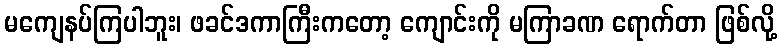
မကျေနပ်ကြပါဘူး၊ ဖခင်ဒကာကြီးကတော့ ကျောင်းကို မကြာခဏ ရောက်တာ ဖြစ်လို့